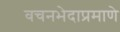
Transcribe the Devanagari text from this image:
वचनभेदाप्रमाणे